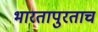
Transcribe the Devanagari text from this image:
भारतापुरताच